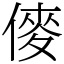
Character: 𠍅